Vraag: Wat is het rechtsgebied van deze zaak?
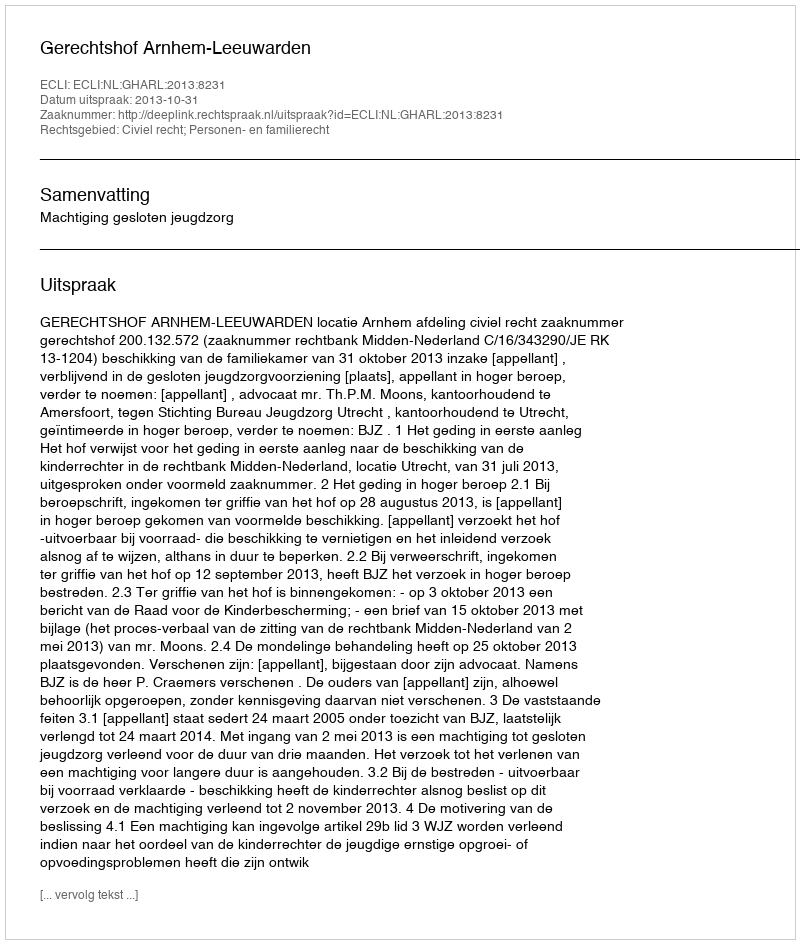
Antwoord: Civiel recht; Personen- en familierecht